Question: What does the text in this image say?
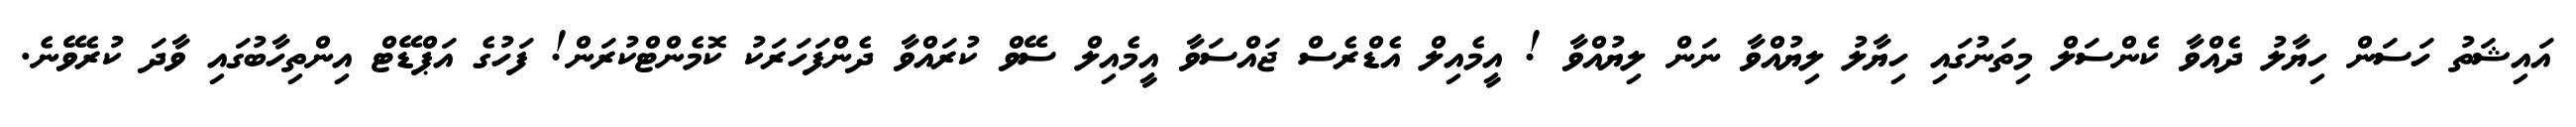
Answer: އައިޝަތު ހަސަން ހިޔާލު ދެއްވާ ކެންސަލް މިތަނުގައި ހިޔާލު ލިޔުއްވާ ނަން ލިޔުއްވާ ! އީމެއިލް އެޑްރެސް ޖައްސަވާ އީމެއިލް ސޭވް ކުރައްވާ ދެންފަހަރަކު ކޮމެންޓްކުރަން! ފަހުގެ އަޕްޑޭޓް އިންތިހާބުގައި ވާދަ ކުރެވޭނެ.